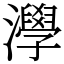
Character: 㶅